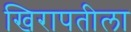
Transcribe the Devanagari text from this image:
खिरापतीला